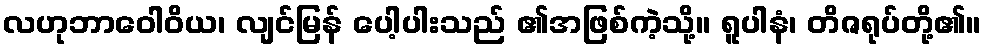
လဟုဘာဝေါဝိယ၊ လျင်မြန် ပေါ့ပါးသည် ၏အဖြစ်ကဲ့သို့။ ရူပါနံ၊ တိဇရုပ်တို့၏။